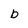
Character: b